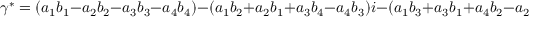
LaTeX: \gamma ^ { * } = ( a _ { 1 } b _ { 1 } - a _ { 2 } b _ { 2 } - a _ { 3 } b _ { 3 } - a _ { 4 } b _ { 4 } ) - ( a _ { 1 } b _ { 2 } + a _ { 2 } b _ { 1 } + a _ { 3 } b _ { 4 } - a _ { 4 } b _ { 3 } ) i - ( a _ { 1 } b _ { 3 } + a _ { 3 } b _ { 1 } + a _ { 4 } b _ { 2 } - a _ { 2 } b _ { 4 } ) j - ( a _ { 1 } b _ { 4 } + a _ { 4 } b _ { 1 } + a _ { 2 } b _ { 3 } - a _ { 3 } b _ { 2 } ) k